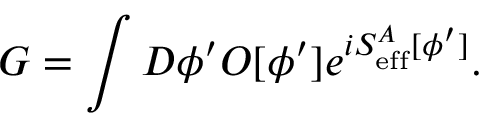
G = \int { \cal D } \phi ^ { \prime } { \cal O } [ \phi ^ { \prime } ] e ^ { i S _ { \mathrm { e f f } } ^ { A } [ \phi ^ { \prime } ] } .